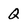
Character: Q